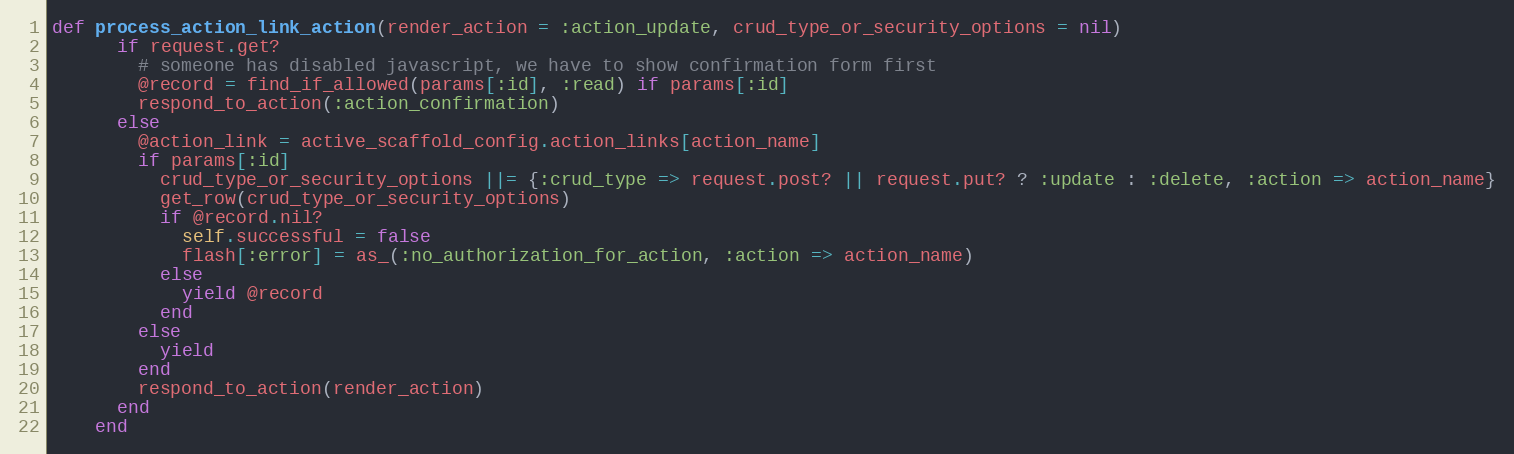
Language: Ruby
def process_action_link_action(render_action = :action_update, crud_type_or_security_options = nil)
      if request.get?
        # someone has disabled javascript, we have to show confirmation form first
        @record = find_if_allowed(params[:id], :read) if params[:id]
        respond_to_action(:action_confirmation)
      else
        @action_link = active_scaffold_config.action_links[action_name]
        if params[:id]
          crud_type_or_security_options ||= {:crud_type => request.post? || request.put? ? :update : :delete, :action => action_name}
          get_row(crud_type_or_security_options)
          if @record.nil?
            self.successful = false
            flash[:error] = as_(:no_authorization_for_action, :action => action_name)
          else
            yield @record
          end
        else
          yield
        end
        respond_to_action(render_action)
      end
    end